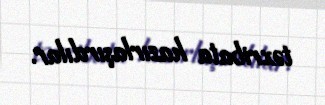
təxribata hazırlaşırdılar.